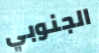
الجنوبي